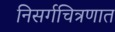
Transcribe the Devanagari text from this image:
निसर्गचित्रणात